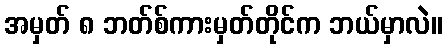
အမှတ် ၈ ဘတ်စ်ကားမှတ်တိုင်က ဘယ်မှာလဲ။